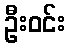
ဦးဝင်း